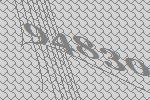
94830